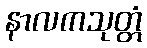
နာလကသုတ္တံ